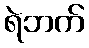
ရဲဘက်